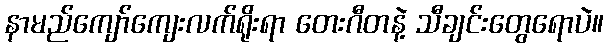
နာမည်ကျော်ကျေးလက်ရိုးရာ တေးဂီတနဲ့ သီချင်းတွေရောပဲ။